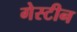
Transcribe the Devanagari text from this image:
गेस्टीन